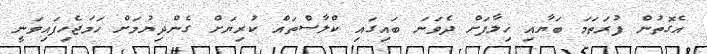
އެގޮތުން ފުރަތަމަ ބަޔާއި ޚިލާފަށް ދެވަނަ ބައިގައި ކްލާސްތައް ކުރިޔަށް ގެންދިޔުމަށް ހަމަޖެހިފައިވަނީ